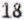
18